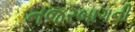
નજરબાગની